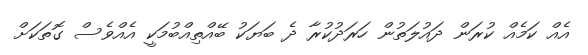
އެއް ކަމެއް ކުރަން ދައުލަތުން ހަރަދުކުރާ ދެ ބަޔަކު ބޭއްތިއްބުމަކީ އެއްވެސް ގޮތަކަަށް